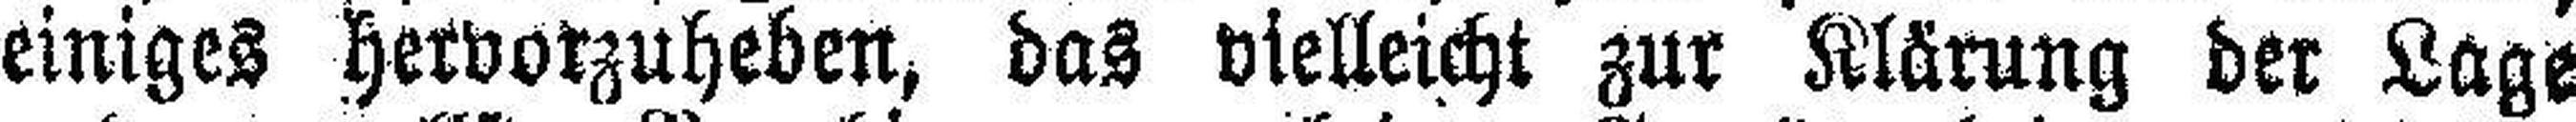
einiges hervorzuheben, das vielleicht zur Klärung der Lage